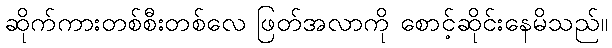
ဆိုက်ကားတစ်စီးတစ်လေ ဖြတ်အလာကို စောင့်ဆိုင်းနေမိသည်။